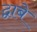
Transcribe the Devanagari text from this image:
द्वाबे